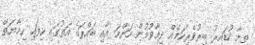
ތިމާ ކުޑައިރު ބިރުވެރިކަމެއް ދިމާވުމުން މަންމަ އާއި ބައްޕަގެ އަތުގައި ހިފައި ހިމާޔަތް